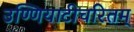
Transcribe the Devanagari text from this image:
उण्णियाटीचरितम्